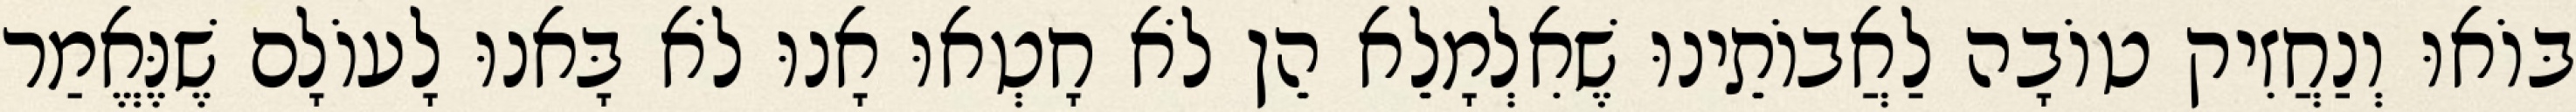
בּוֹאוּ וְנַחֲזִיק טוֹבָה לַאֲבוֹתֵינוּ שֶׁאִלְמָלֵא הֵן לֹא חָטְאוּ אָנוּ לֹא בָּאנוּ לָעוֹלָם שֶׁנֶּאֱמַר